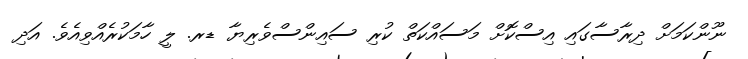
ނޫންކަމަށް ދިރާސާގައި އިސްކޮށް މަސައްކަތް ކުރި ސައިންސްވެރިޔާ ޑރ. ލީ ހާމަކުރެއްވިއެވެ. އަދި